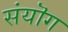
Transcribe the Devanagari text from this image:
संयॊग